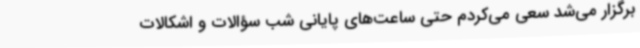
برگزار می‌شد سعی می‌کردم حتی ساعت‌های پایانی شب سؤالات و اشکالات